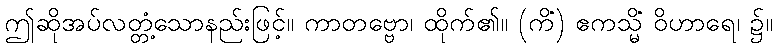
ဤဆိုအပ်လတ္တံ့သောနည်းဖြင့်။ ကာတဗ္ဗော၊ ထိုက်၏။ (ကိံ) ဧကသ္မိံ ဝိဟာရေ၊ ၌။